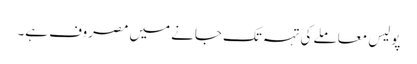
پولیس معاملے کی تہہ تک جانے میں مصروف ہے۔